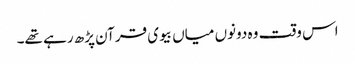
اس وقت وہ دونوں میاں بیوی قرآن پڑھ رہے تھے۔